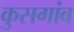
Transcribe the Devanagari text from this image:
कुसगांव